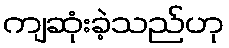
ကျဆုံးခဲ့သည်ဟု